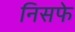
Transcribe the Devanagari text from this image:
निसफे